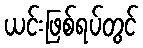
ယင်းဖြစ်ရပ်တွင်